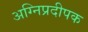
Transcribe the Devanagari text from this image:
अग्निप्रदीपक